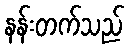
နန်းတက်သည်